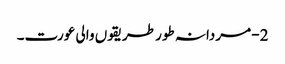
2- مردانہ طور طریقوں والی عورت۔